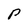
Character: P